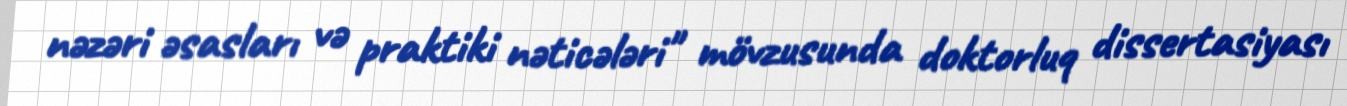
nəzəri əsasları və praktiki nəticələri" mövzusunda doktorluq dissertasiyası